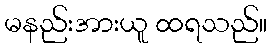
မနည်းအားယူ ထရသည်။